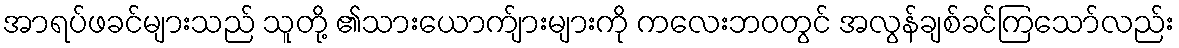
အာရပ်ဖခင်များသည် သူတို့ ၏သားယောက်ျားများကို ကလေးဘဝတွင် အလွန်ချစ်ခင်ကြသော်လည်း